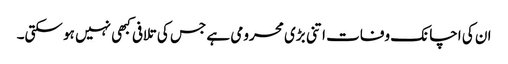
ان کی اچانک وفات اتنی بڑی محرومی ہے جس کی تلافی کبھی نہیں ہو سکتی۔